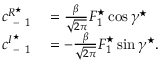
\begin{array} { r l } { c _ { \mathrm { ~ - ~ } 1 } ^ { R ^ { \star } } } & { { } = \frac { \beta } { \sqrt { 2 \pi } } F _ { 1 } ^ { \star } \cos \gamma ^ { \star } } \\ { c _ { \mathrm { ~ - ~ } 1 } ^ { I ^ { \star } } } & { { } = - \frac { \beta } { \sqrt { 2 \pi } } F _ { 1 } ^ { \star } \sin \gamma ^ { \star } . } \end{array}